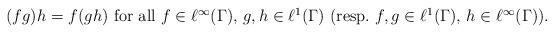
LaTeX: \begin{align*}(f g) h = f (g h) \mbox{ for all $f \in \ell^\infty(\Gamma)$, $g,h \in \ell^1(\Gamma)$ (resp.\ $f,g \in \ell^1(\Gamma)$, $h \in \ell^\infty(\Gamma)$).}\end{align*}